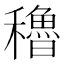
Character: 穭